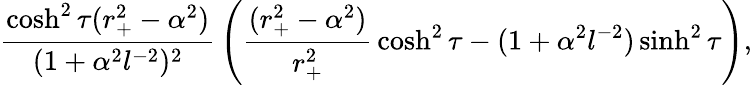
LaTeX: {\frac{\cosh^{2}\tau(r_{+}^{2}-\alpha^{2})}{(1+\alpha^{2}l^{-2})^{2}}}\left({\frac{(r_{+}^{2}-\alpha^{2})}{r_{+}^{2}}}\cosh^{2}\tau-(1+\alpha^{2}l^{-2})\sinh^{2}\tau\right),